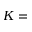
K =